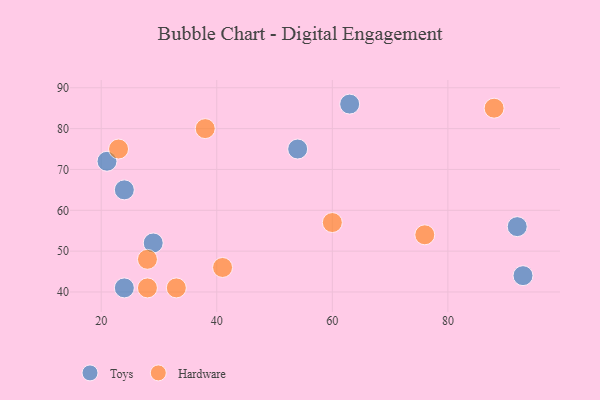
{"axis": {"x": "GDP", "y": "Life Expectancy"}, "legend": ["Hardware", "Toys"], "data": [{"x": "93", "y": 44, "type": "Toys"}, {"x": "24", "y": 65, "type": "Toys"}, {"x": "54", "y": 75, "type": "Toys"}, {"x": "24", "y": 41, "type": "Toys"}, {"x": "29", "y": 52, "type": "Toys"}, {"x": "92", "y": 56, "type": "Toys"}, {"x": "21", "y": 72, "type": "Toys"}, {"x": "63", "y": 86, "type": "Toys"}, {"x": "28", "y": 48, "type": "Hardware"}, {"x": "41", "y": 46, "type": "Hardware"}, {"x": "33", "y": 41, "type": "Hardware"}, {"x": "60", "y": 57, "type": "Hardware"}, {"x": "76", "y": 54, "type": "Hardware"}, {"x": "23", "y": 75, "type": "Hardware"}, {"x": "28", "y": 41, "type": "Hardware"}, {"x": "88", "y": 85, "type": "Hardware"}, {"x": "38", "y": 80, "type": "Hardware"}]}